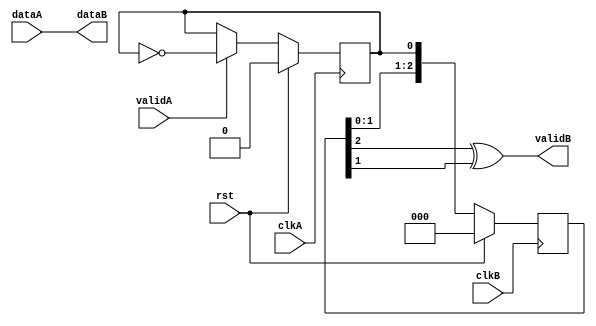
`timescale 1ns / 1ps
module resync_data(
    input rst,
    input clkA,
    input validA,
    input [7:0] dataA,
    input clkB,
    output validB,
    output[7:0] dataB
    );

/* Take care only pulse is resync ! 
   No garante that this module will work fine
   Hypothesis that the dataA is still present when ValidB is generated
	=> dependency on clock ratio clkA/ClkB

   Base on http://www.fpga4fun.com/CrossClockDomain.html

 */


reg FlagToggle_clkA;
reg [2:0] SyncA_clkB;

always@(posedge clkA)
if (rst == 1'b1)
  FlagToggle_clkA <= 1'b0;
else
if (validA == 1'b1)
  FlagToggle_clkA <= ~FlagToggle_clkA;
 


always@(posedge clkB)
if (rst == 1'b1)
  SyncA_clkB <= 3'b000;
else
  SyncA_clkB <= {SyncA_clkB[1:0],FlagToggle_clkA};

assign validB = (SyncA_clkB[2] ^ SyncA_clkB[1]);


assign dataB = dataA;

endmodule